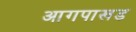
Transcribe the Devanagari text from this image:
आगपाखड